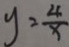
y = \frac { 4 } { x }